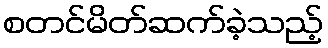
စတင်မိတ်ဆက်ခဲ့သည့်